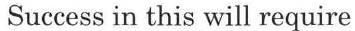
Success in this will require